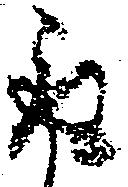
取